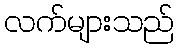
လက်များသည်